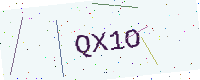
Text: QX1O